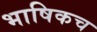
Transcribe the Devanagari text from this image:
भाषिकच